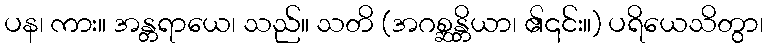
ပန၊ ကား။ အန္တရာယေ၊ သည်။ သတိ (အဂစ္ဆန္တိယာ၊ ၏၎င်း။) ပရိယေသိတွာ၊